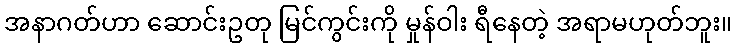
အနာဂတ်ဟာ ဆောင်းဥတု မြင်ကွင်းကို မှုန်ဝါး ရီနေတဲ့ အရာမဟုတ်ဘူး။